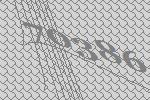
70386